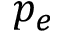
p _ { e }